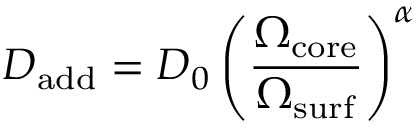
D _ { \mathrm { a d d } } = D _ { 0 } \left( \frac { \Omega _ { \mathrm { c o r e } } } { \Omega _ { \mathrm { s u r f } } } \right) ^ { \alpha }